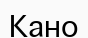
Кано